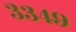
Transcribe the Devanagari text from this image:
३३४९